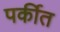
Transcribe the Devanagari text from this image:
पर्कीत